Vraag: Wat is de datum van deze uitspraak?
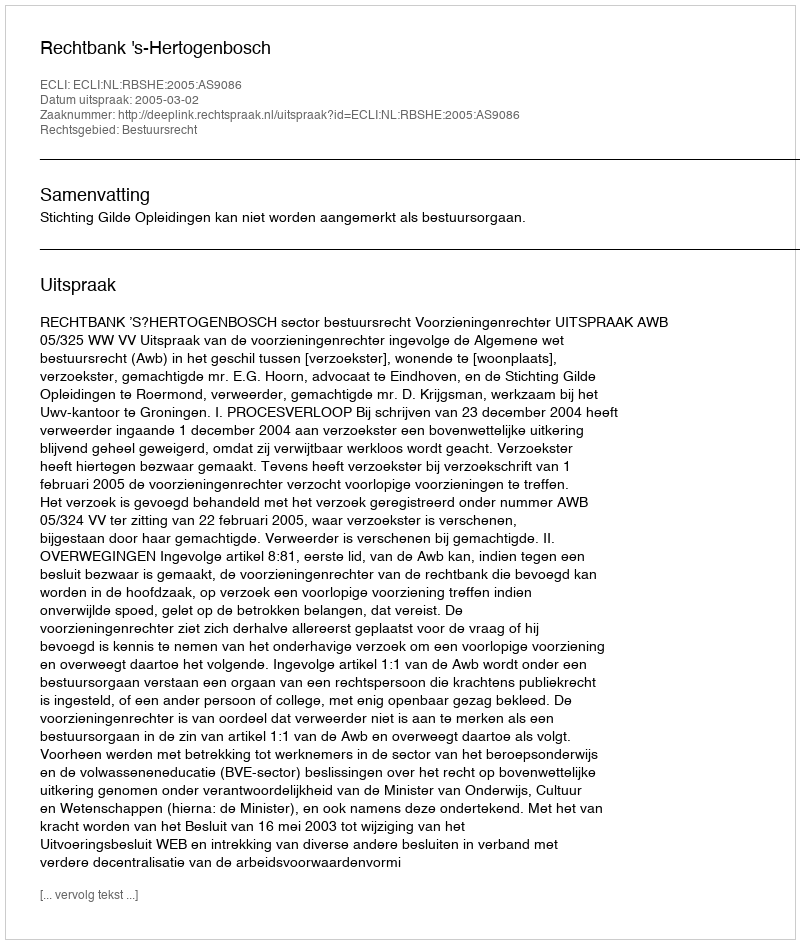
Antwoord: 2005-03-02